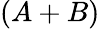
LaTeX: (A+B)